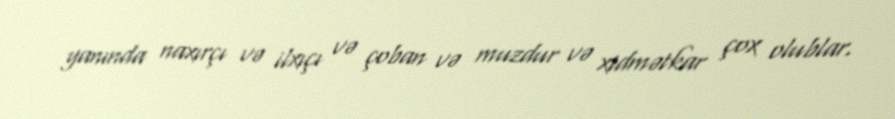
yanında naxırçı və ilxıçı və çoban və muzdur və xidmətkar çox olublar.